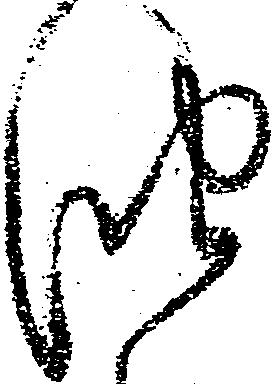
油